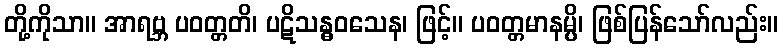
တို့ကိုသာ။ အာရဗ္ဘ ပဝတ္တတိ၊ ပဋိသန္ဓဝသေန၊ ဖြင့်။ ပဝတ္တမာနမ္ပိ၊ ဖြစ်ပြန်သော်လည်း။